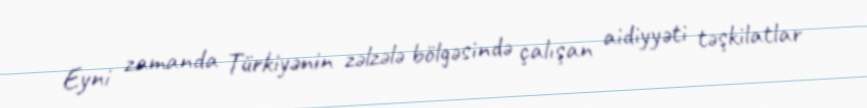
Eyni zamanda Türkiyənin zəlzələ bölgəsində çalışan aidiyyəti təşkilatlar